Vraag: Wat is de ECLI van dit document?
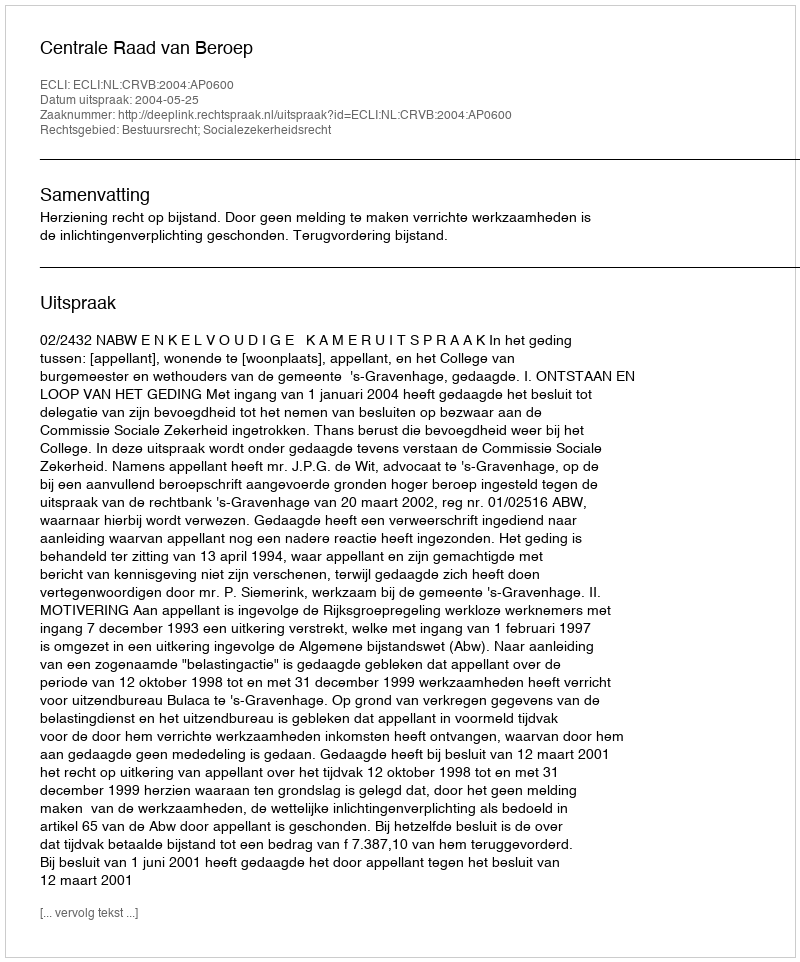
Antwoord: ECLI:NL:CRVB:2004:AP0600